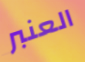
العنبر